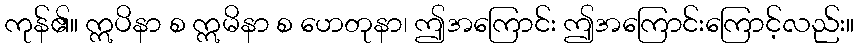
ကုန်၏။ ဣပိနာ စ ဣမိနာ စ ဟေတုနာ၊ ဤအကြောင်း ဤအကြောင်းကြောင့်လည်း။